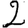
Digit: 2